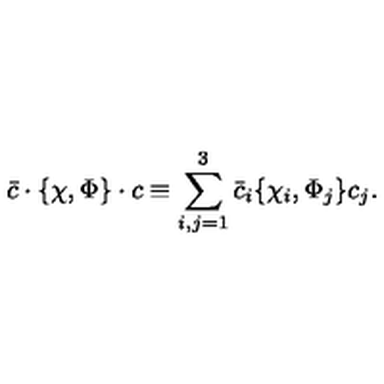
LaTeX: \bar { c } \cdot \{ \chi , \Phi \} \cdot c \equiv \sum _ { i , j = 1 } ^ { 3 } \bar { c } _ { i } \{ \chi _ { i } , \Phi _ { j } \} c _ { j } .